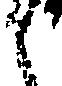
之